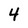
Character: 4